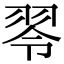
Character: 䎆